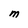
Character: M